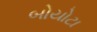
બોયોટા